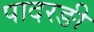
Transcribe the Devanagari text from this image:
पादरङी